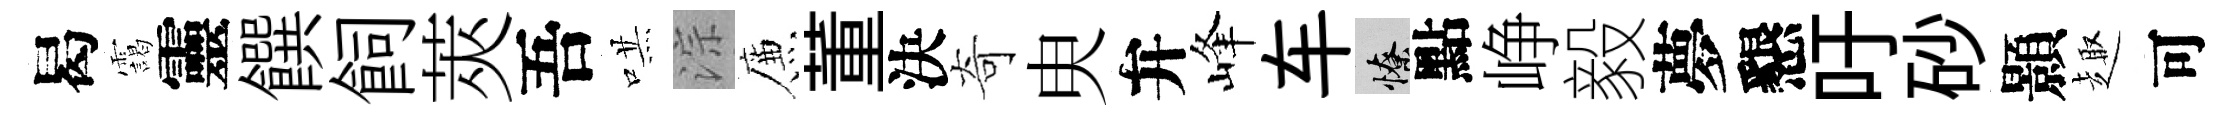
曷靄靈饌飼莢吾哄淙簾董決奇㬰弁峰车憭點峥毅夢懇吁砂顥趣可